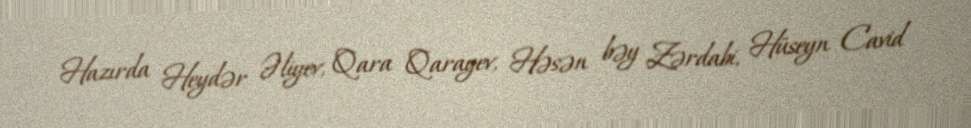
Hazırda Heydər Əliyev, Qara Qarayev, Həsən bəy Zərdabi, Hüseyn Cavid